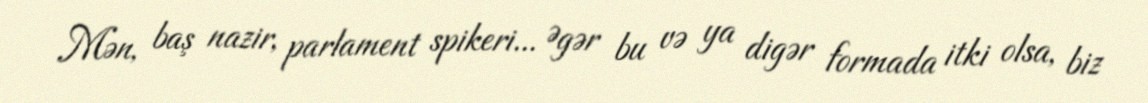
Mən, baş nazir, parlament spikeri... Əgər bu və ya digər formada itki olsa, biz